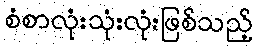
စံစာလုံးသုံးလုံးဖြစ်သည့်